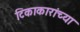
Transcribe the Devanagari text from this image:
टिकाकारांच्या